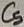
Text: C5